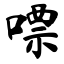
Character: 嘌